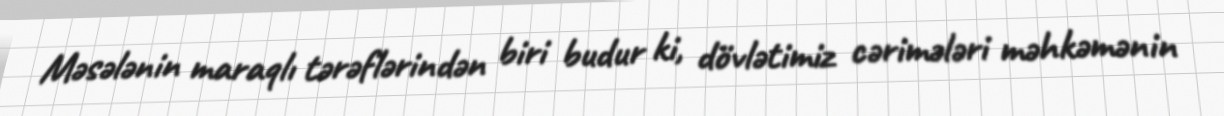
Məsələnin maraqlı tərəflərindən biri budur ki, dövlətimiz cərimələri məhkəmənin